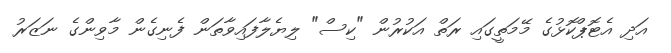
އަދި އެޓޮޕްކޮޅުގެ މޭމަތީގައި ރަތް އަކުރުން "ކިސް" ލިޔެލާފައިވާތަން ފެނިގެން މާވިންގެ ނަޒަރު